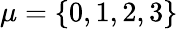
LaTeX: \mu=\{ 0,1,2,3\}